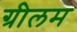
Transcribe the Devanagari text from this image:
ग्रीलम